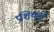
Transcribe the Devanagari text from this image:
प्रशियनों